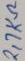
Text: 2,7KΩ